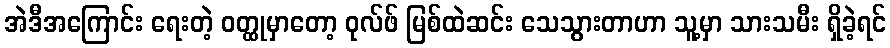
အဲဒီအကြောင်း ရေးတဲ့ ဝတ္ထုမှာတော့ ဝုလ်ဖ် မြစ်ထဲဆင်း သေသွားတာဟာ သူ့မှာ သားသမီး ရှိခဲ့ရင်